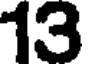
13